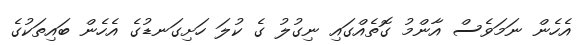
އެހެން ނަމަވެސް އާންމު ގޮތެއްގައި ނިގުލު ގެ ކުލަ ހަށިގަނޑުގެ އެހެން ބައިތަކުގެ